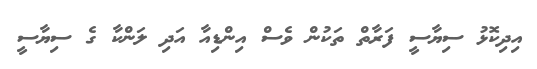
އިދިކޮޅު ސިޔާސީ ފަރާތް ތަކުން ވެސް އިންޑިއާ އަދި ލަންކާ ގެ ސިޔާސީ